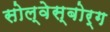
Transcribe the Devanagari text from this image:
सोल्वेस्बोर्ग